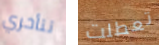
تتأخري تعطلت